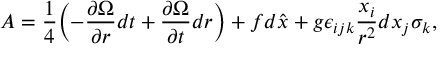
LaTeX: A = \frac { 1 } { 4 } \Bigl ( - \frac { \partial \Omega } { \partial r } d t + \frac { \partial \Omega } { \partial t } d r \Bigr ) + f d \hat { x } + g \epsilon _ { i j k } \frac { x _ { i } } { r ^ { 2 } } d x _ { j } \sigma _ { k } ,